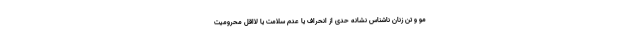
مو و تن زنان ناشناس نشانهٔ حدی از انحراف یا عدم سلامت یا لااقل محرومیت